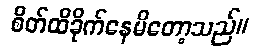
စိတ်ထိခိုက်နေမိတော့သည်။